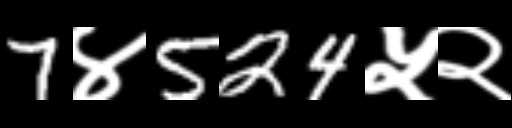
Text: 7४524५२